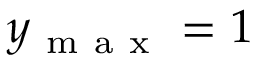
y _ { \mathrm { ~ m ~ a ~ x ~ } } = 1